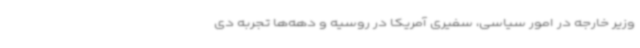
وزیر خارجه در امور سیاسی، سفیری آمریکا در روسیه و دهه‌ها تجربه دی